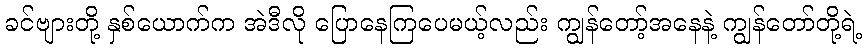
ခင်ဗျားတို့ နှစ်ယောက်က အဲဒီလို ပြောနေကြပေမယ့်လည်း ကျွန်တော့်အနေနဲ့ ကျွန်တော်တို့ရဲ့